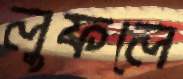
লুফলে